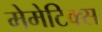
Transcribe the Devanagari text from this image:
मेमेटिक्स